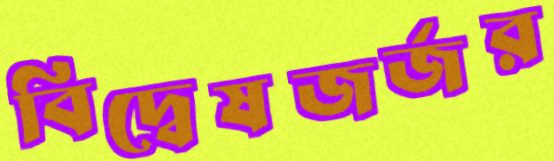
বিদ্বেষজর্জর